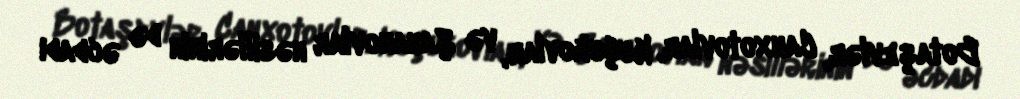
Botaşevlər, Canxotovlar, Kuçukovlar, və Şahanovlar nəsillərinin də əcdadı